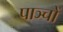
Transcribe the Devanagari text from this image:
पाञ्चों